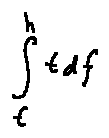
\int \limits _ { t } ^ { h } t d f